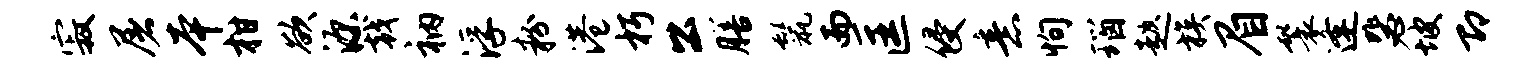
寂屠本柑欲源戟衲浮粉港朽公膳鬣而匡侵意恂瑙趑族眉鬟逢毖坡即